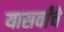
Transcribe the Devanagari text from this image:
यासर्वांचे